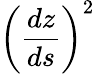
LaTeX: \left(\frac{dz}{ds}\right)^{2}